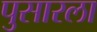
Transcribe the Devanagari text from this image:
पुसारला